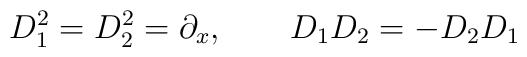
D_{1}^{2} = D_{2}^{2} = \partial_{x},\qquad D_{1}D_{2} = - D_{2}D_{1}